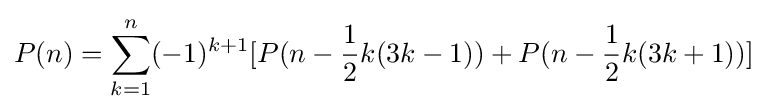
P(n)=\sum _{k=1}^{n}(-1)^{k+1}[P(n-{\frac {1}{2}}k(3k-1))+P(n-{\frac {1}{2}}k(3k+1))]